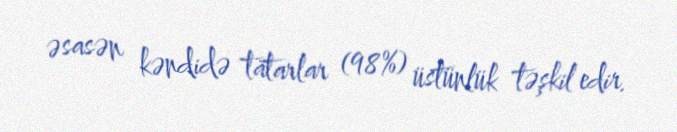
əsasən kəndidə tatarlar (98%) üstünlük təşkil edir.